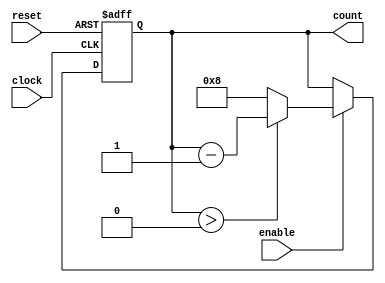
module modulo_n_down_counter (
    input clock,
    input reset,
    input enable,
    output reg [N-1:0] count
);

parameter N = 8; // preset value for counter

always @(posedge clock or posedge reset) begin
    if (reset) begin
        count <= N;
    end else if (enable) begin
        if (count > 0) begin
            count <= count - 1;
        end else begin
            count <= N;
        end
    end
end

endmodule